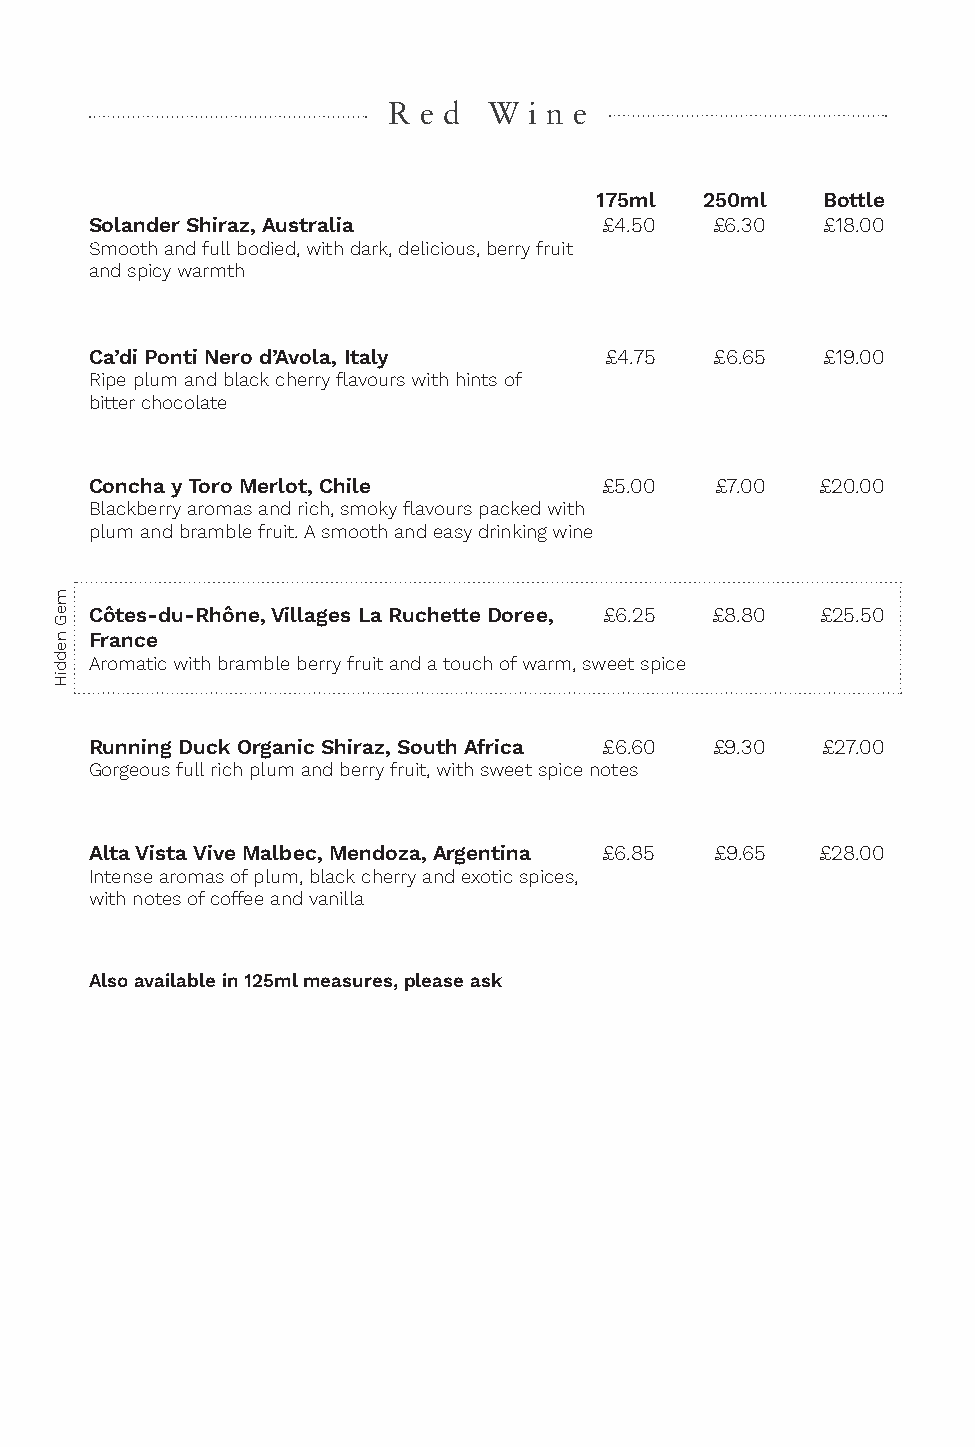
R e d W  i n e
 175ml  250ml   Bottle
 Solander Shiraz, Australia        £4.50  £6.30  £18.00
 Smooth and full bodied, with dark, delicious, berry fruit
 and spicy warmth
 Ca’di Ponti Nero d’Avola, Italy   £4.75  £6.65  £19.00
 Ripe plum and black cherry flavours with hints of
 bitter chocolate
 Concha y Toro Merlot, Chile       £5.00  £7.00  £20.00
 Blackberry aromas and rich, smoky flavours packed with
 plum and bramble fruit. A smooth and easy drinking wine
 Côtes-du-Rhône, Villages La Ruchette Doree, £6.25 £8.80 £25.50
 France
 Aromatic with bramble berry fruit and a touch of warm, sweet spice
 Running Duck Organic Shiraz, South Africa £6.60 £9.30 £27.00
 Gorgeous full rich plum and berry fruit, with sweet spice notes
 Alta Vista Vive Malbec, Mendoza, Argentina £6.85 £9.65 £28.00
 Intense aromas of plum, black cherry and exotic spices,
 with notes of coffee and vanilla
 Also available in 125ml measures, please ask
 meG
 neddiH